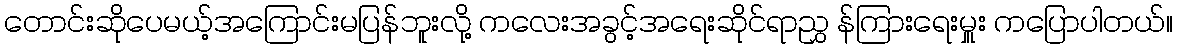
တောင်းဆိုပေမယ့်အကြောင်းမပြန်ဘူးလို့ ကလေးအခွင့်အရေးဆိုင်ရာညွှ န်ကြားရေးမှူး ကပြောပါတယ်။